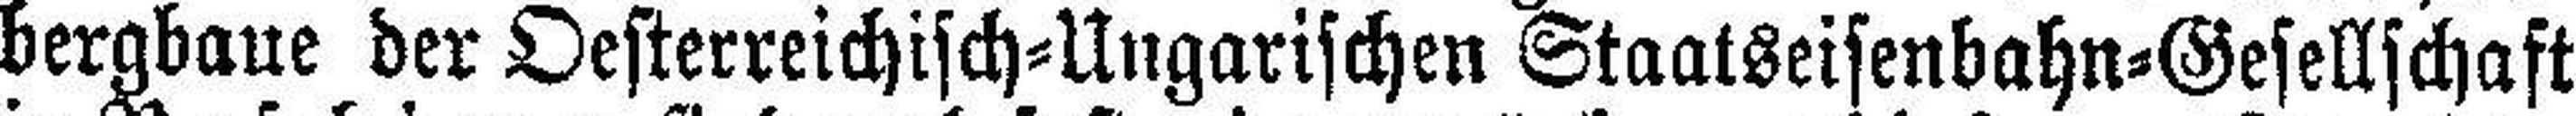
bergbaue der Oesterreichisch=Ungarischen Staatseisenbahn=Gesellschaft